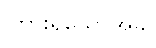
ကြားရသောအခါ